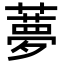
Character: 𦿏